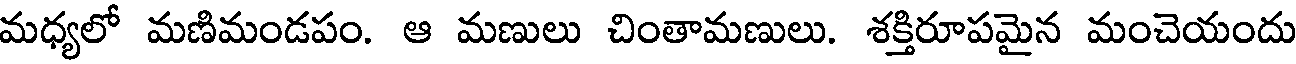
మధ్యలో మణిమండపం. ఆ మణులు చింతామణులు. శక్తిరూపమైన మంచెయందు